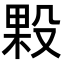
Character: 𭮲